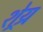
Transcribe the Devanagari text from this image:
शेय्र्र